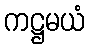
ကဋ္ဌမယံ